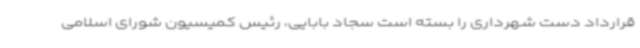
قرارداد دست شهرداری را بسته است سجاد بابایی، رئیس کمیسیون شورای اسلامی